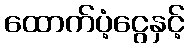
ထောက်ပံ့ငွေနှင့်